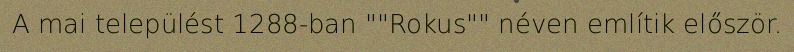
A mai települést 1288-ban ""Rokus"" néven említik először.